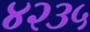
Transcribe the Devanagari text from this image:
४२३५